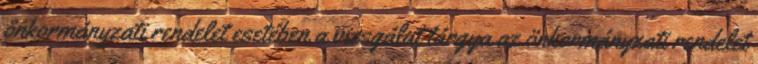
önkormányzati rendelet esetében a vizsgálat tárgya az önkormányzati rendelet